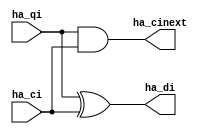
module ha(
   ha_cinext,
	ha_di,
	ha_qi,
	ha_ci,
);
	output ha_di,ha_cinext; 
	input ha_ci,ha_qi; 
	
	xor(ha_di,ha_qi,ha_ci);
	and(ha_cinext,ha_qi,ha_ci);
endmodule